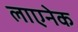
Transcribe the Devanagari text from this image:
लाएनेक